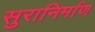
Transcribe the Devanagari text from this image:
सुरानिर्माण